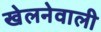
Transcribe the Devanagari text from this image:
खेलनेवाली